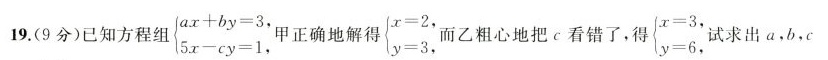
19.(9分)已知方程组